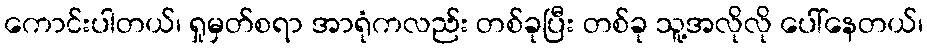
ကောင်းပါတယ်၊ ရှုမှတ်စရာ အာရုံကလည်း တစ်ခုပြီး တစ်ခု သူ့အလိုလို ပေါ်နေတယ်၊